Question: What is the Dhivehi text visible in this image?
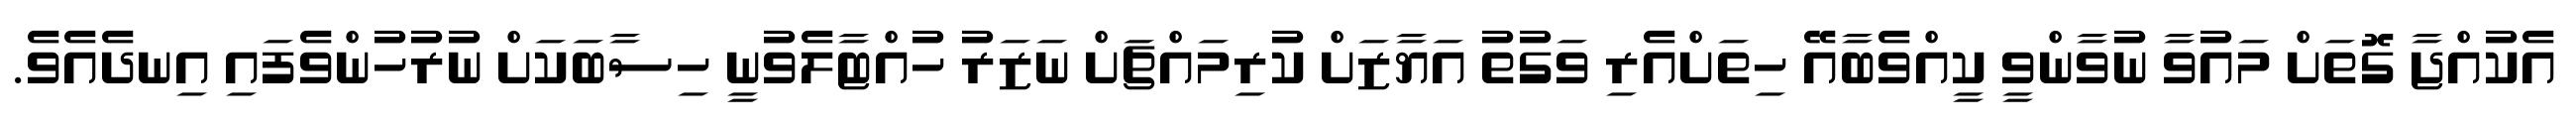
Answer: އެކުއްޖާ ގޮތަށް މައުވާ ނުވާންވީ ކީއްވެބާއޭ ހިތަށްއެރި ވަގުތު އަޔާޒަށް ކުރިމައްޗަށް ނަޒަރު ހުއްޓާލެވުނީ ހިސާބަކަށް ނުރުހުންވެފައި އިނދެއެވެ.